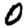
Digit: 0